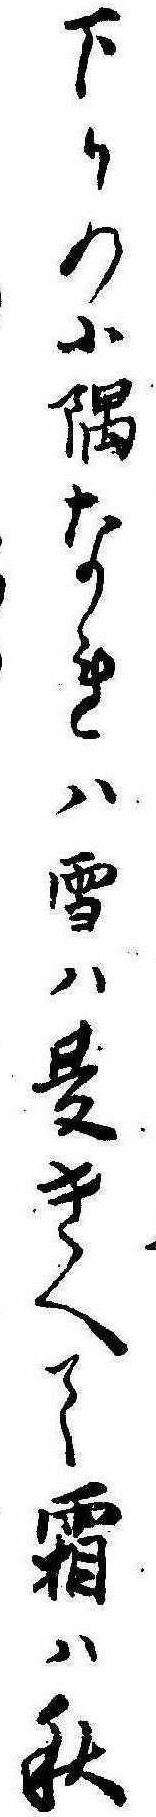
下りの小隅なれは雪は夏きへて霜は秋